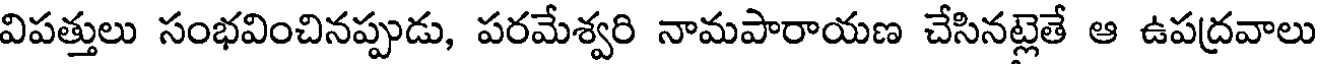
విపత్తులు సంభవించినప్పుడు, పరమేశ్వరి నామపారాయణ చేసినట్లెతే ఆ ఉపద్రవాలు